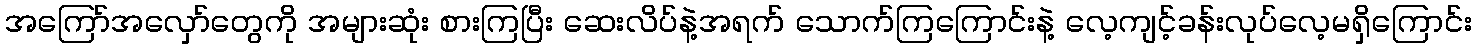
အကြော်အလှော်တွေကို အများဆုံး စားကြပြီး ဆေးလိပ်နဲ့အရက် သောက်ကြကြောင်းနဲ့ လေ့ကျင့်ခန်းလုပ်လေ့မရှိကြောင်း